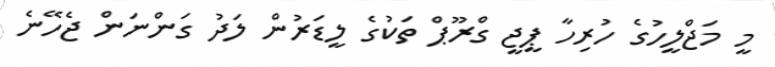
މީ މަޖްލީހުގެ ހުރިހާ ޕީޖީ ގްރޫޕް ތަކުގެ ލީޑަރުން ލަދު ގަންނަން ޖެހޭނެ